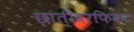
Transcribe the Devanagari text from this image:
छातीवरफिकट